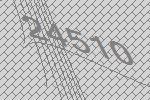
24510